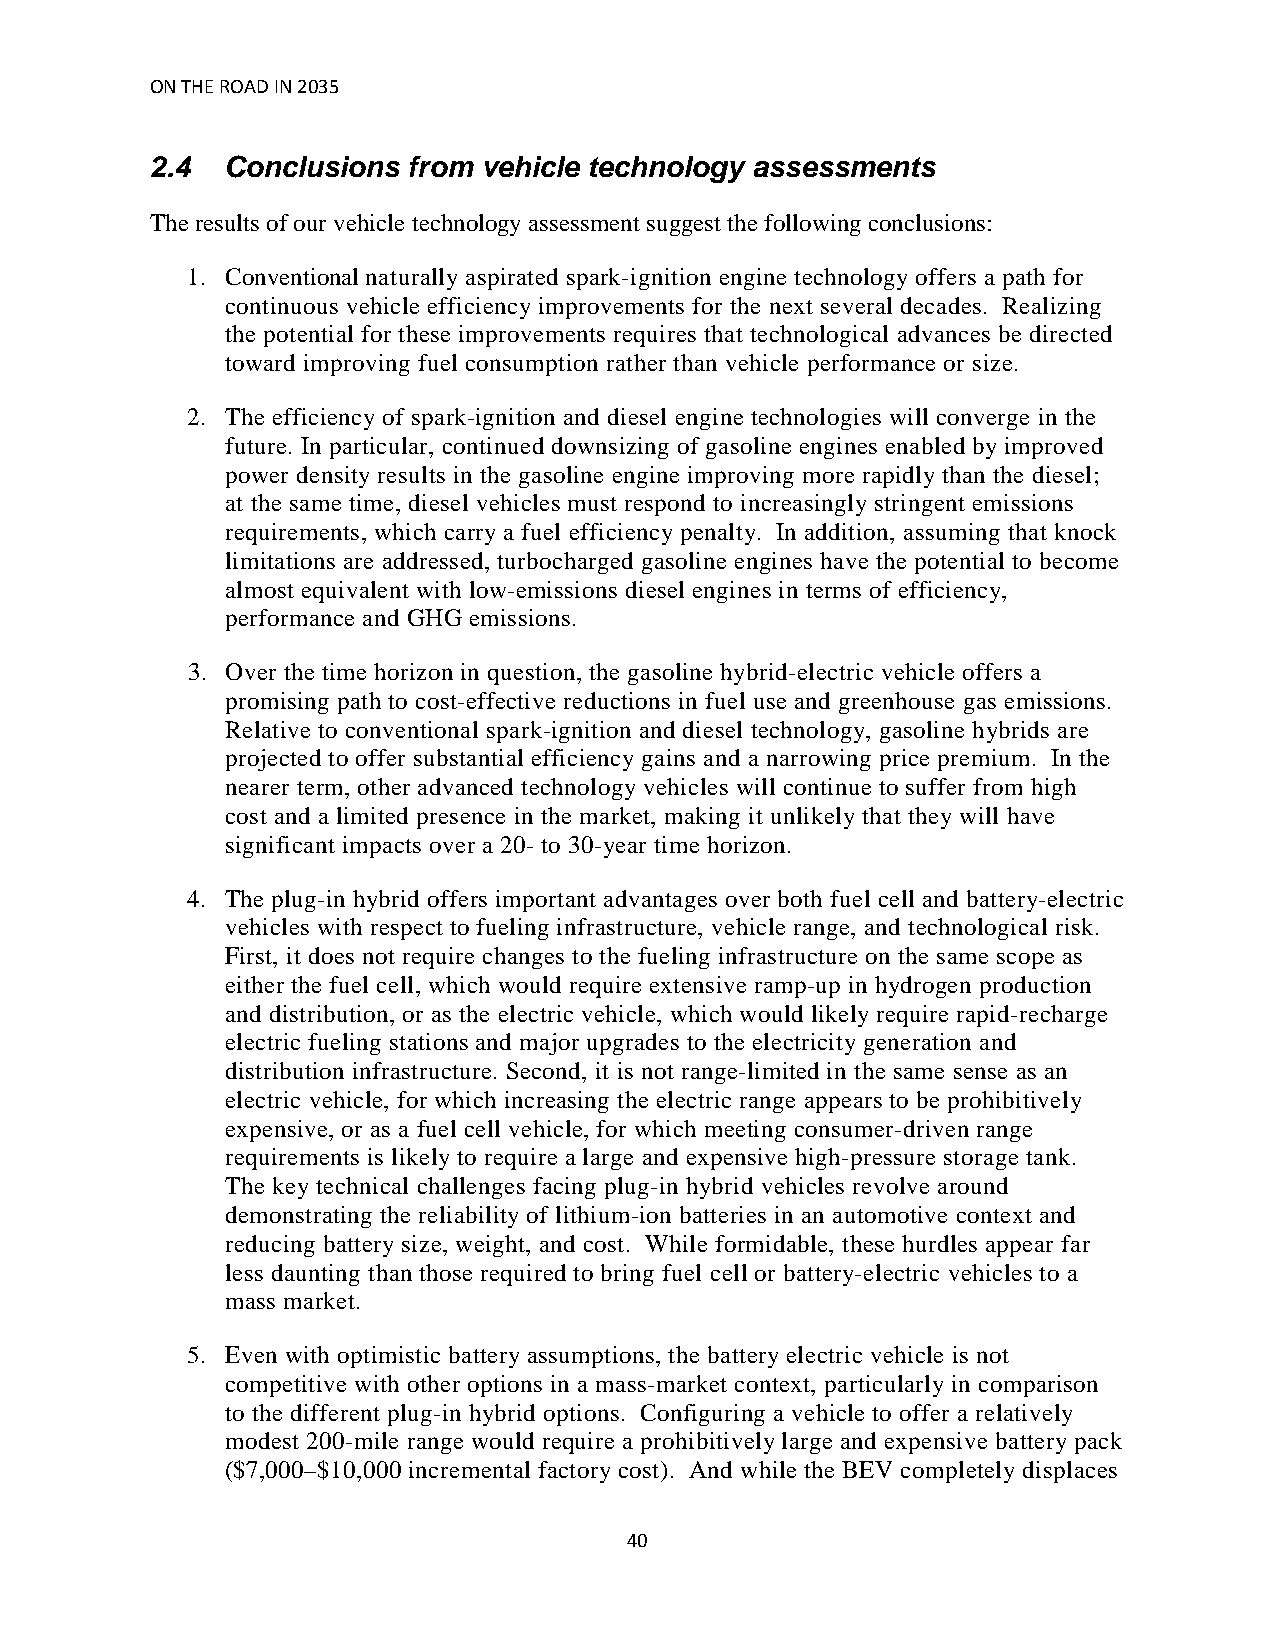
ON THE ROAD IN 2035
 2.4  Conclusions from vehicle technology assessments
 The results of our vehicle technology assessment suggest the following conclusions:
 1. Conventional naturally aspirated spark-ignition engine technology offers a path for
 continuous vehicle efficiency improvements for the next several decades. Realizing
 the potential for these improvements requires that technological advances be directed
 toward improving fuel consumption rather than vehicle performance or size.
 2. The efficiency of spark-ignition and diesel engine technologies will converge in the
 future. In particular, continued downsizing of gasoline engines enabled by improved
 power density results in the gasoline engine improving more rapidly than the diesel;
 at the same time, diesel vehicles must respond to increasingly stringent emissions
 requirements, which carry a fuel efficiency penalty. In addition, assuming that knock
 limitations are addressed, turbocharged gasoline engines have the potential to become
 almost equivalent with low-emissions diesel engines in terms of efficiency,
 performance and GHG emissions.
 3. Over the time horizon in question, the gasoline hybrid-electric vehicle offers a
 promising path to cost-effective reductions in fuel use and greenhouse gas emissions.
 Relative to conventional spark-ignition and diesel technology, gasoline hybrids are
 projected to offer substantial efficiency gains and a narrowing price premium. In the
 nearer term, other advanced technology vehicles will continue to suffer from high
 cost and a limited presence in the market, making it unlikely that they will have
 significant impacts over a 20- to 30-year time horizon.
 4. The plug-in hybrid offers important advantages over both fuel cell and battery-electric
 vehicles with respect to fueling infrastructure, vehicle range, and technological risk.
 First, it does not require changes to the fueling infrastructure on the same scope as
 either the fuel cell, which would require extensive ramp-up in hydrogen production
 and distribution, or as the electric vehicle, which would likely require rapid-recharge
 electric fueling stations and major upgrades to the electricity generation and
 distribution infrastructure. Second, it is not range-limited in the same sense as an
 electric vehicle, for which increasing the electric range appears to be prohibitively
 expensive, or as a fuel cell vehicle, for which meeting consumer-driven range
 requirements is likely to require a large and expensive high-pressure storage tank.
 The key technical challenges facing plug-in hybrid vehicles revolve around
 demonstrating the reliability of lithium-ion batteries in an automotive context and
 reducing battery size, weight, and cost. While formidable, these hurdles appear far
 less daunting than those required to bring fuel cell or battery-electric vehicles to a
 mass market.
 5. Even with optimistic battery assumptions, the battery electric vehicle is not
 competitive with other options in a mass-market context, particularly in comparison
 to the different plug-in hybrid options. Configuring a vehicle to offer a relatively
 modest 200-mile range would require a prohibitively large and expensive battery pack
 ($7,000–$10,000 incremental factory cost). And while the BEV completely displaces
 40